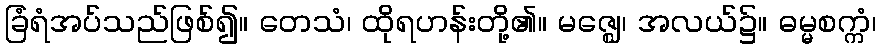
ခြံရံအပ်သည်ဖြစ်၍။ တေသံ၊ ထိုရဟန်းတို့၏။ မဇ္ဈေ၊ အလယ်၌။ ဓမ္မစက္ကံ၊